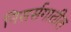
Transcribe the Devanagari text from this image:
निसर्सगातील